Civil Veterinary Department Bengal reports 1923-33 - 1923-1933
Year: 1923
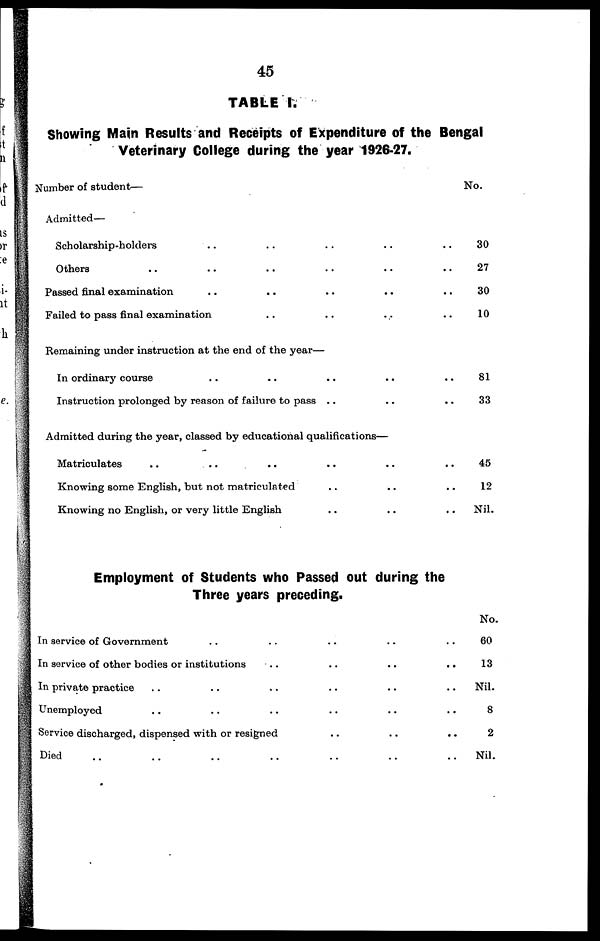
45
TABLE I.
Showing Main Results and Receipts of Expenditure of the Bengal
Veterinary College during the year 1926-27.
Number of student—
Admitted—
Scholarship-holders .. .. .. .. ..
Others .. .. .. .. .. ..
Passed final examination .. .. .. .. ..
Failed to pass final examination .. .. .. ..
Remaining under instruction at the end of the year—
In ordinary course .. .. .. .. ..
Instruction prolonged by reason of failure to pass .. .. ..
Admitted during the year, classed by educational qualifications—
Matriculates .. .. .. .. .. .. ..
Knowing some English, but not matriculated .. .. ..
Knowing no English, or very little English .. .. ..
Employment of Students who Passed out during the
Three years preceding.
In service of Government .. .. .. .. ..
In service of other bodies or institutions .. .. .. ..
In private practice .. .. .. .. .. ..
Unemployed .. .. .. .. .. ..
Service discharged, dispensed with or resigned .. .. ..
Died .. .. .. .. .. .. ..
No.
30
27
30
10
81
33
45
12
Nil.
No.
60
13
Nil.
8
2
Nil.